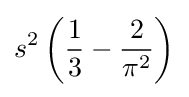
s^{2}\left({\frac {1}{3}}-{\frac {2}{\pi ^{2}}}\right)